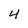
Character: 4